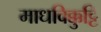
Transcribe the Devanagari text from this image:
माधविक्कुट्टि